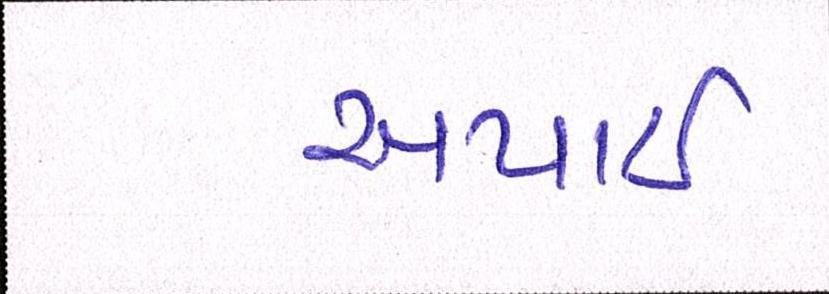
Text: અપાઇ